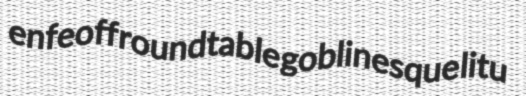
enfeoff roundtable goblinesque litu